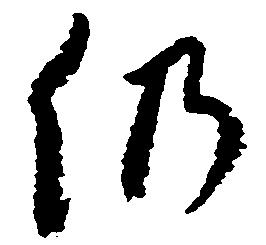
仍